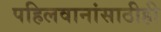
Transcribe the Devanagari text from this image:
पहिलवानांसाठीही